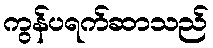
ကွန်ပရက်ဆာသည်